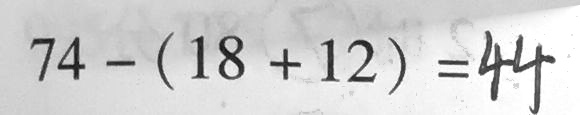
7 4 - ( 1 8 + 1 2 ) = 4 4